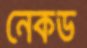
নেকড